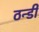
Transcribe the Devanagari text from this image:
ठन्डी